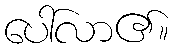
ပေါ်လာ၏။